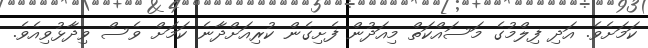
ކަމަށެވެ. އަދި ފިލްމުގެ މަސައްކަތް މިއަދުން ފެށިގެން ކުރިއަށްދާނެ ކަމަށް ވެސް ވިދާޅުވިއެވެ.